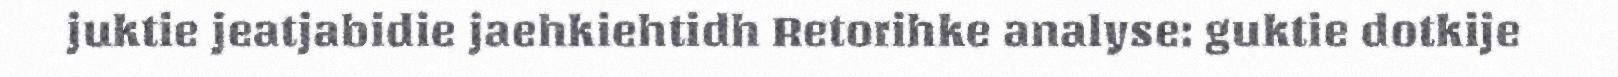
juktie jeatjabidie jaehkiehtidh Retorihke analyse: guktie dotkije